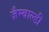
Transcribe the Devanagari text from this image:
ज़ैम्बाल्डी